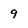
Character: 9